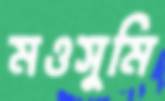
মওসুমি